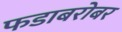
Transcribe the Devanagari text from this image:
फडाबरोबर